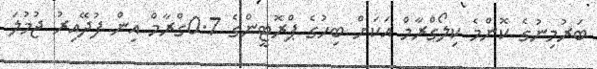
ބަރުމިނުގެ ކޮންމެ ކިލޯގްރާމް އަކަށް ބިހުގެ ޕްރޮޓީންގެ 0.7ގްރާމް އިން ފުދޭއިރު ޖުމުލަ